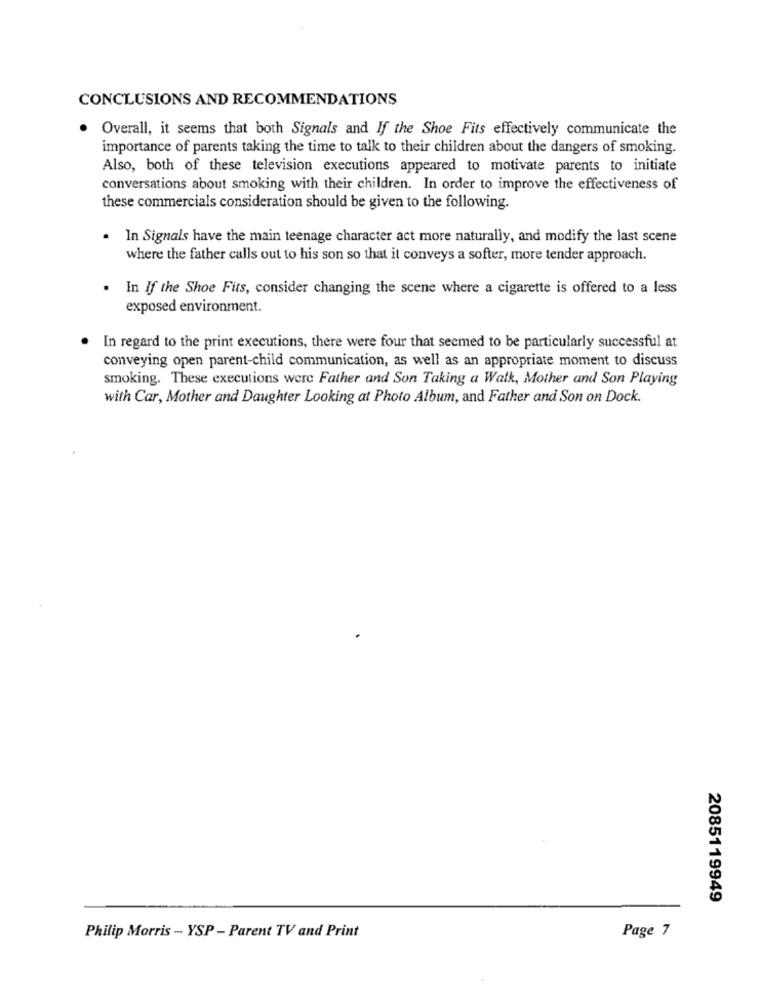
CONCLUSIONS AND RECOMMENDATIONS
Overall, it seems that both Signals and If the Shoe Fits effectively communicate the
importance of parents taking the time to talk to their children about the dangers of smoking.
Also, both of these television executions appeared to motivate parents to initiate
conversations about smoking with their children. In order to improve the effectiveness of
these commercials consideration should be given to the following.
. In Signals have the main teenage character act more naturally, and modify the last scene
where the father calls out to his son so that it conveys a softer, more tender approach.
. In If the Shoe Fits, consider changing the scene where a cigarette is offered to a less
exposed environment.
In regard to the print executions, there were four that seemed to be particularly successful at
conveying open parent-child communication, as well as an appropriate moment to discuss
smoking. These executions were Father and Son Taking a Walk, Mother and Son Playing
with Car, Mother and Daughter Looking at Photo Album, and Father and Son on Dock.
2085119949
Page 7
Philip Morris - YSP - Parent TV and Print